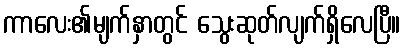
ကာလေး၏မျက်နှာတွင် သွေးဆုတ်လျက်ရှိလေပြီ။